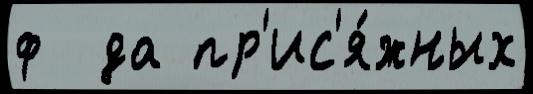
ф  да пр'ис'я́жных